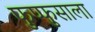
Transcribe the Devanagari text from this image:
फुप्फुसाला